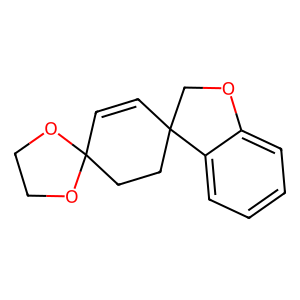
SMILES: C1=CC2(CCC13OCCO3)COc1ccccc12
Inhibits HIV replication: No